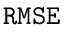
\mathtt { R M S E }